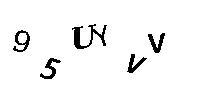
95UYVV